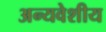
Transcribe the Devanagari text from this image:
अन्यवेशीय